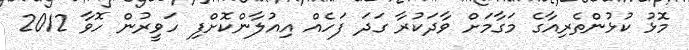
މޮޅު ކުޅުންތެރިއާގެ މަގާމަށް ވާދަކުރާ ގަދަ ފަހެއް އިއުލާންކޮށްފި ހަވީރުން ހޮވާ 2012